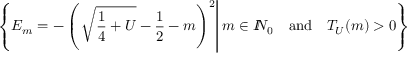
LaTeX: \left\{ E _ { m } = - \left( \left. \sqrt { \frac 1 4 + U } - \frac 1 2 - m \right) ^ { 2 } \right| m \in I \! \! N _ { 0 } \quad \mathrm { a n d } \quad T _ { U } ( m ) > 0 \right\}